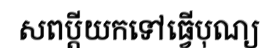
សពប្តីយកទៅធ្វើបុណ្យ